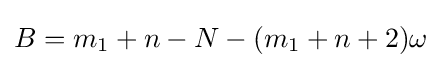
B=m_{1}+n-N-(m_{1}+n+2)\omega